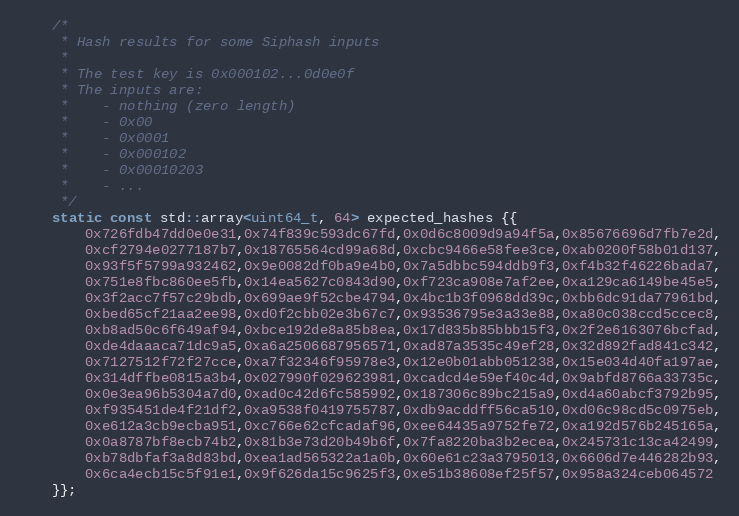
Language: C++
	/*
	 * Hash results for some Siphash inputs
	 *
	 * The test key is 0x000102...0d0e0f
	 * The inputs are:
	 *    - nothing (zero length)
	 *    - 0x00
	 *    - 0x0001
	 *    - 0x000102
	 *    - 0x00010203
	 *    - ...
	 */
	static const std::array<uint64_t, 64> expected_hashes {{
		0x726fdb47dd0e0e31,0x74f839c593dc67fd,0x0d6c8009d9a94f5a,0x85676696d7fb7e2d,
		0xcf2794e0277187b7,0x18765564cd99a68d,0xcbc9466e58fee3ce,0xab0200f58b01d137,
		0x93f5f5799a932462,0x9e0082df0ba9e4b0,0x7a5dbbc594ddb9f3,0xf4b32f46226bada7,
		0x751e8fbc860ee5fb,0x14ea5627c0843d90,0xf723ca908e7af2ee,0xa129ca6149be45e5,
		0x3f2acc7f57c29bdb,0x699ae9f52cbe4794,0x4bc1b3f0968dd39c,0xbb6dc91da77961bd,
		0xbed65cf21aa2ee98,0xd0f2cbb02e3b67c7,0x93536795e3a33e88,0xa80c038ccd5ccec8,
		0xb8ad50c6f649af94,0xbce192de8a85b8ea,0x17d835b85bbb15f3,0x2f2e6163076bcfad,
		0xde4daaaca71dc9a5,0xa6a2506687956571,0xad87a3535c49ef28,0x32d892fad841c342,
		0x7127512f72f27cce,0xa7f32346f95978e3,0x12e0b01abb051238,0x15e034d40fa197ae,
		0x314dffbe0815a3b4,0x027990f029623981,0xcadcd4e59ef40c4d,0x9abfd8766a33735c,
		0x0e3ea96b5304a7d0,0xad0c42d6fc585992,0x187306c89bc215a9,0xd4a60abcf3792b95,
		0xf935451de4f21df2,0xa9538f0419755787,0xdb9acddff56ca510,0xd06c98cd5c0975eb,
		0xe612a3cb9ecba951,0xc766e62cfcadaf96,0xee64435a9752fe72,0xa192d576b245165a,
		0x0a8787bf8ecb74b2,0x81b3e73d20b49b6f,0x7fa8220ba3b2ecea,0x245731c13ca42499,
		0xb78dbfaf3a8d83bd,0xea1ad565322a1a0b,0x60e61c23a3795013,0x6606d7e446282b93,
		0x6ca4ecb15c5f91e1,0x9f626da15c9625f3,0xe51b38608ef25f57,0x958a324ceb064572
	}};